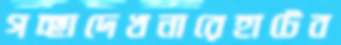
গচ্ছাদেখনারেহাটেব